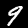
Digit: 9